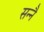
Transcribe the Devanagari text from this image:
सन्नै